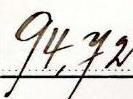
94,72